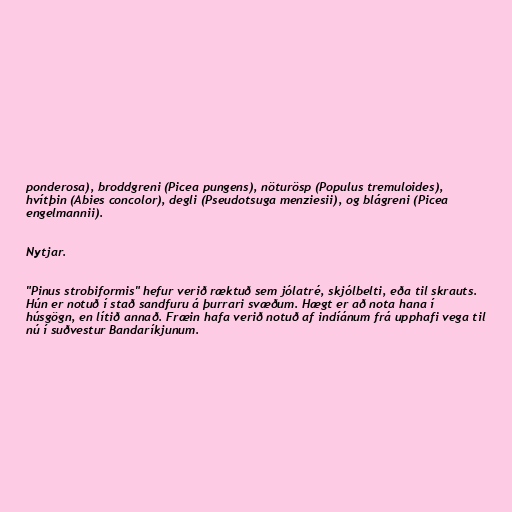
ponderosa), broddgreni (Picea pungens), nöturösp (Populus tremuloides),
hvítþin (Abies concolor), degli (Pseudotsuga menziesii), og blágreni (Picea
engelmannii).

Nytjar.

"Pinus strobiformis" hefur verið ræktuð sem jólatré, skjólbelti, eða til skrauts.
Hún er notuð í stað sandfuru á þurrari svæðum. Hægt er að nota hana í
húsgögn, en lítið annað. Fræin hafa verið notuð af indíánum frá upphafi vega til
nú í suðvestur Bandaríkjunum.